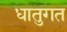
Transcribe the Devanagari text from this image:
धातुगत